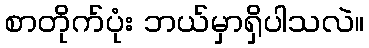
စာတိုက်ပုံး ဘယ်မှာရှိပါသလဲ။